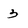
Character: 3